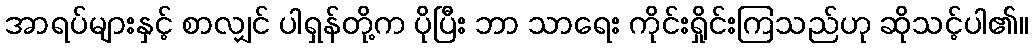
အာရပ်များနှင့် စာလျှင် ပါရှန်တို့က ပိုပြီး ဘာ သာရေး ကိုင်းရှိုင်းကြသည်ဟု ဆိုသင့်ပါ၏။